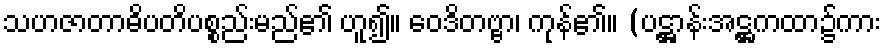
သဟဇာတာဓိပတိပစ္စည်းမည်၏ ဟူ၍။ ဝေဒိတဗ္ဗာ၊ ကုန်၏။ (ပဋ္ဌာန်းအဋ္ဌကထာ၌ကား